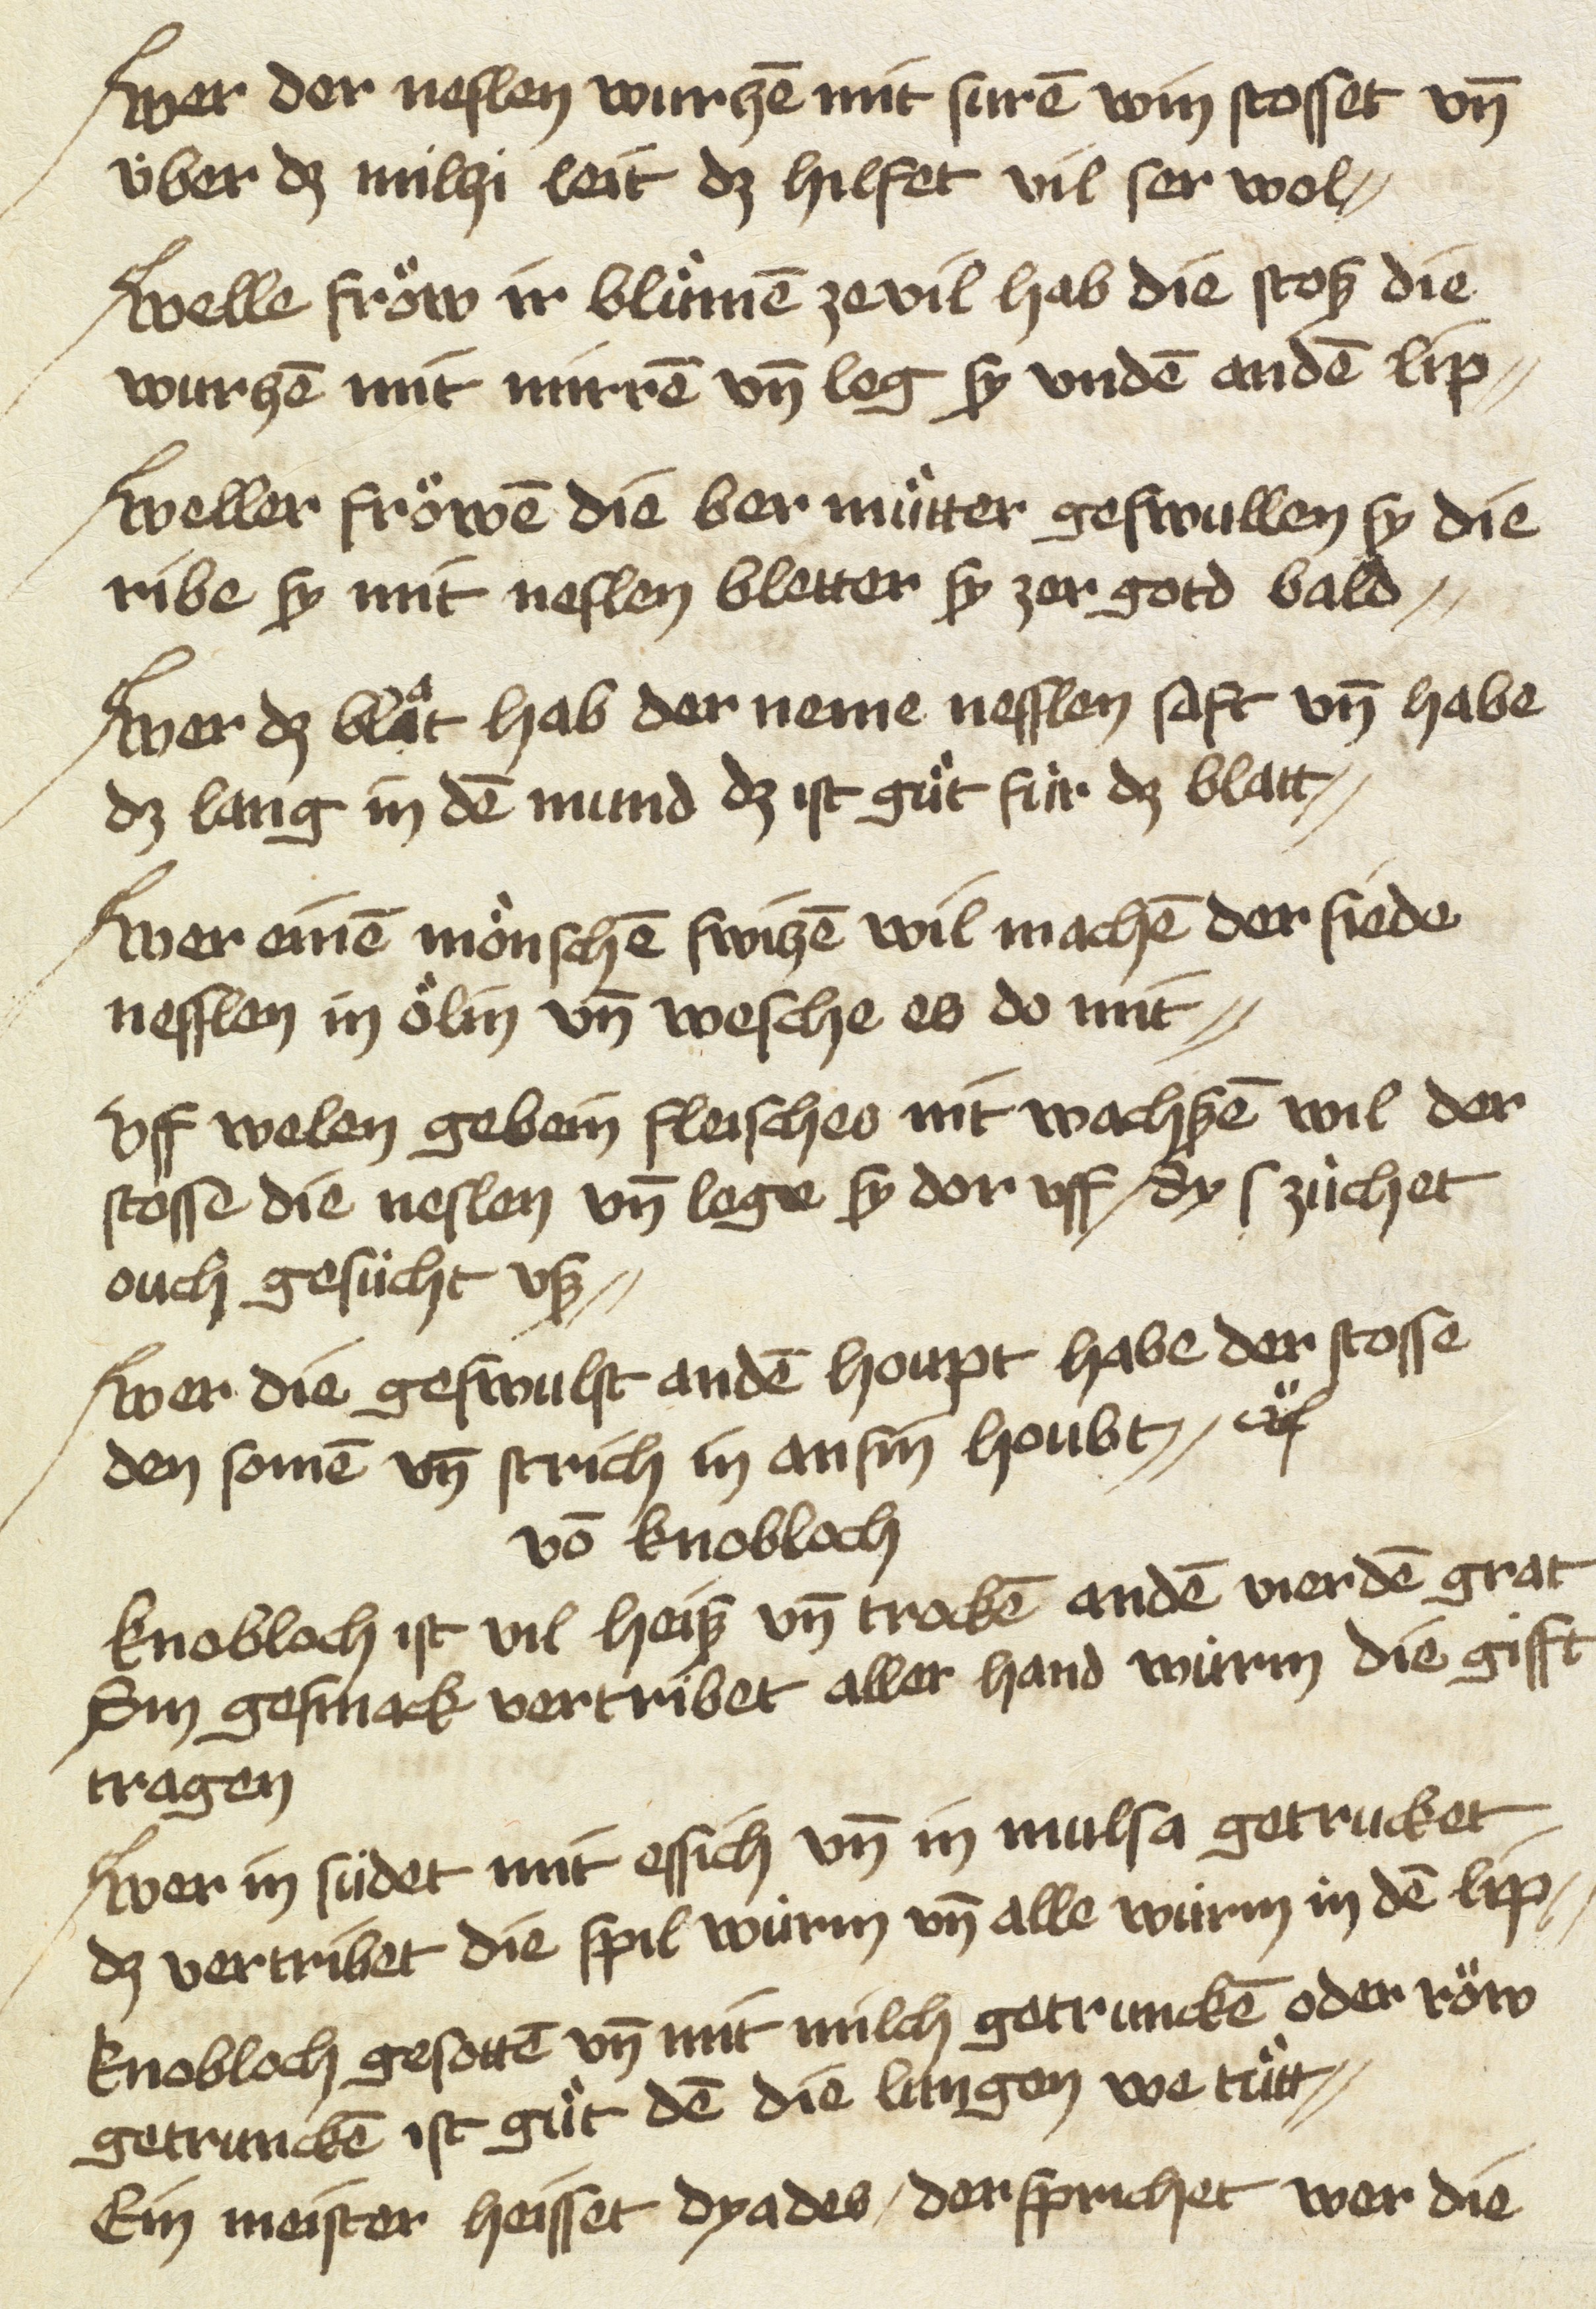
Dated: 1475–1499